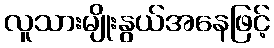
လူသားမျိုးနွယ်အနေဖြင့်